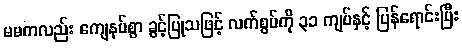
မမကလည်း ကျေနပ်စွာ ခွင့်ပြုသဖြင့် လက်စွပ်ကို ၃၁ ကျပ်နှင့် ပြန်ရောင်းပြီး